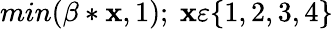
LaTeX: min(\beta*\mathbf{x},1);\ \mathbf{x}\varepsilon\{ 1,2,3,4\}